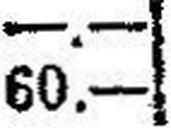
60.—